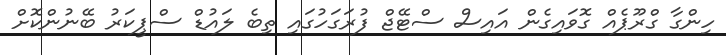
ހިންގާ ގްރޫޕެއް ގޮވައިގެން އައިސް ސްޓޭޖް ފުރަގަހުގައި ތިބެ ލައުޑް ސްޕީކަރު ބޭނުންކޮށް